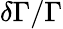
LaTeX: \delta\Gamma/\Gamma